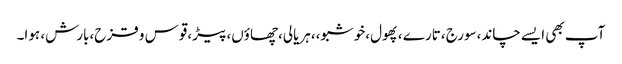
آپ بھی ایسے چاند،سورج ،تارے ،پھول،خوشبو،،ہریالی،چھاؤں،پیڑ،قوس و قزح،بارش، ہوا۔